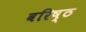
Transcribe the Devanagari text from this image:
वरिष्ठ